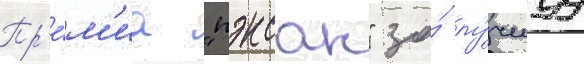
Пр'е́м'иа "пэксан" за́ лу́чшуу